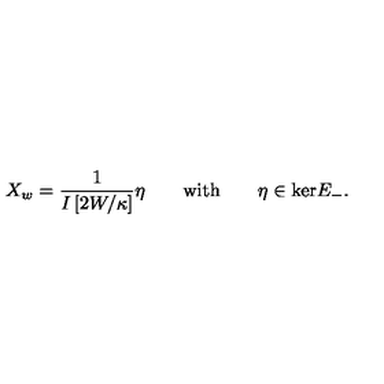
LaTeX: X _ { w } = \frac { 1 } { I \left[ 2 W / \kappa \right] } \eta \qquad \mathrm { w i t h } \qquad \eta \in \mathrm { k e r } E _ { - } .